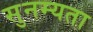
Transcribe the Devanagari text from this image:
सुनम्यता